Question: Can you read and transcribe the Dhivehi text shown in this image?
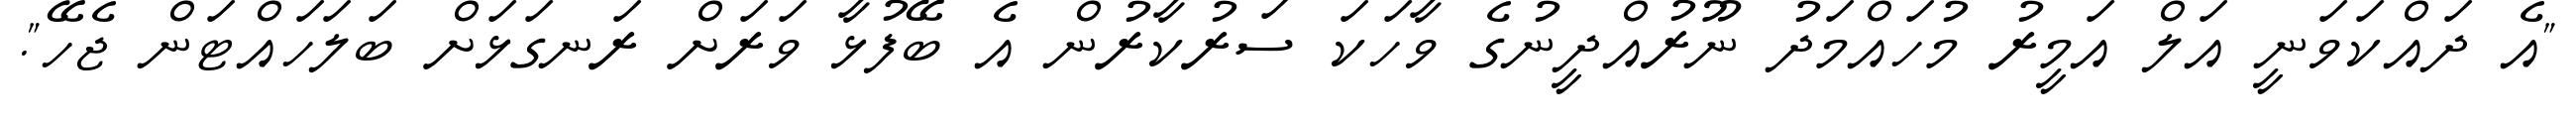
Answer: "އެ ދައްކަވަނީ އަލް އަމީރު މުހައްމަދު ނޫރުއްދީނުގެ ވާހަކަ ސަރުކާރުން އެ ބޭފުޅާ ވަރަށް ރަނގަޅަށް ބަލަހައްޓަން ޖެހޭ".